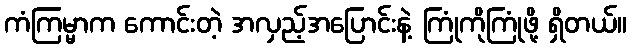
ကံကြမ္မာက ကောင်းတဲ့ အလှည့်အပြောင်းနဲ့ ကြုံကိုကြုံဖို့ ရှိတယ်။